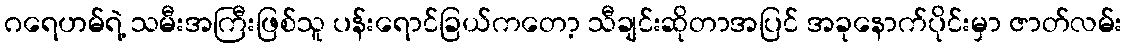
ဂရေဟမ်ရဲ့ သမီးအကြီးဖြစ်သူ ပန်းရောင်ခြယ်ကတော့ သီချင်းဆိုတာအပြင် အခုနောက်ပိုင်းမှာ ဇာတ်လမ်း